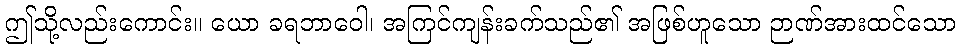
ဤသို့လည်းကောင်း။ ယော ခရဘာဝေါ၊ အကြင်ကျန်းခက်သည်၏ အဖြစ်ဟူသော ဉာဏ်အားထင်သော